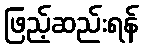
ဖြည့်ဆည်းရန်